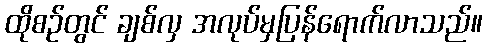
ထိုစဉ်တွင် ချစ်လှ အလုပ်မှပြန်ရောက်လာသည်။